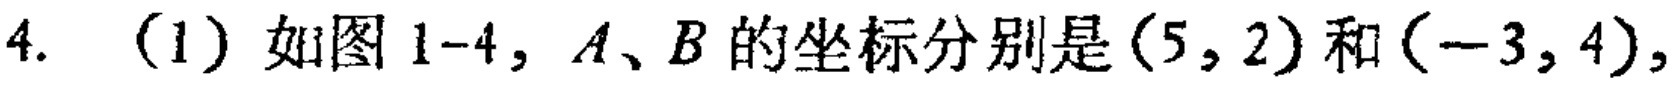
4. (1) 如图 1-4，$A、B$的坐标分别是$(5,2)$和$(-3,4)$，